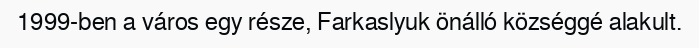
1999-ben a város egy része, Farkaslyuk önálló községgé alakult.